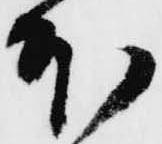
本